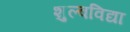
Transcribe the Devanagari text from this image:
शुल्वविद्या